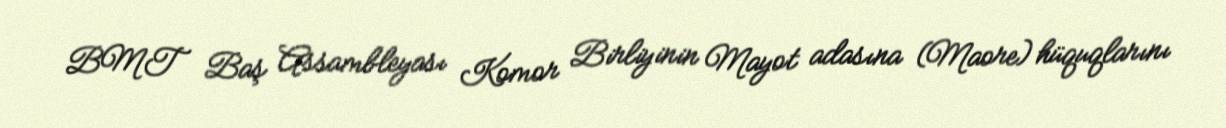
BMT Baş Assambleyası Komor Birliyinin Mayot adasına (Maore) hüquqlarını